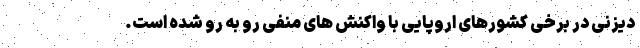
دیزنی در برخی کشورهای اروپایی با واکنش های منفی رو به رو شده است.